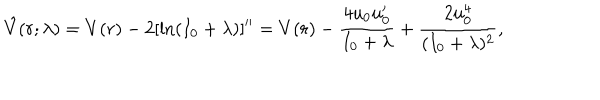
\hat { V } ( r ; \lambda ) = V ( r ) - 2 [ \ln ( I _ { 0 } + \lambda ) ] ^ { \prime \prime } = V ( r ) - \frac { 4 u _ { 0 } u _ { 0 } ^ { \prime } } { I _ { 0 } + \lambda } + \frac { 2 u _ { 0 } ^ { 4 } } { ( I _ { 0 } + \lambda ) ^ { 2 } } ,